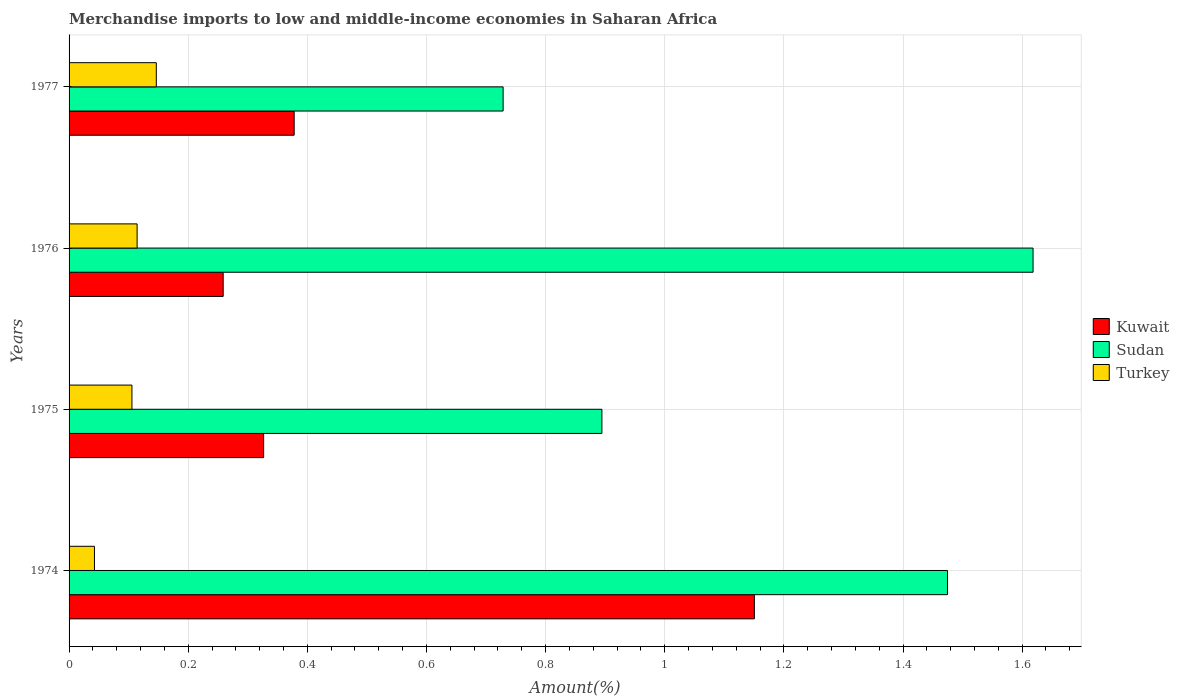
| Years | Kuwait | Sudan | Turkey |
 | --- | --- | --- | --- |
 | 1974 | 1.15 | 1.47 | 0.0426 |
 | 1975 | 0.327 | 0.895 | 0.106 |
 | 1976 | 0.259 | 1.62 | 0.114 |
 | 1977 | 0.378 | 0.729 | 0.146 |